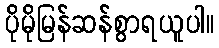
ပိုမိုမြန်ဆန်စွာရယူပါ။